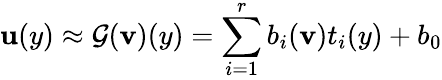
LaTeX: \mathbf{u}(y)\approx\mathcal{{G}}(\textbf{{v}})(y)=\sum_{i=1}^{r}b_{i}(\textbf{{v}})t_{i}(y)+b_{0}